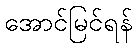
အောင်မြင်ရန်